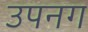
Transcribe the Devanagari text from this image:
उपनग